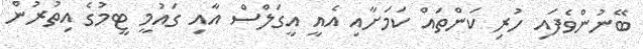
ބޭނުންވެފައި ހުރި ކަންތައް ކަމަށާއި އެއީ އީގަލްސް އާއި ގައުމީ ޓީމުގެ އިތުރުން